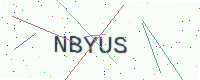
Text: NBYUS